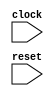
module Tetris(clock, reset);
    //interface
    input clock;
    input reset;
endmodule